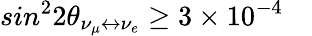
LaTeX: sin^{2}2\theta_{\nu_{\mu}\leftrightarrow\nu_{e}}\geq 3\times 10^{-4}\quad